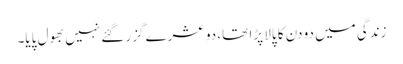
زندگی میں دو دن کا پالا پڑا تھا، دو عشرے گزر گئے نہیں بھول پایا۔